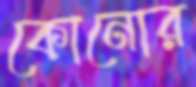
কোনোর